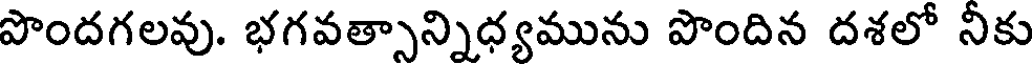
పొందగలవు. భగవత్సాన్నిధ్యమును పొందిన దశలో నీకు